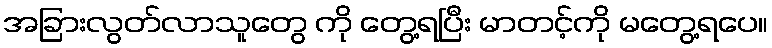
အခြားလွတ်လာသူတွေ ကို တွေ့ရပြီး မာတင့်ကို မတွေ့ရပေ။